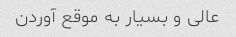
عالی و بسیار به موقع آوردن